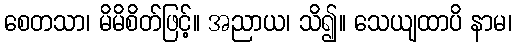
စေတသာ၊ မိမိစိတ်ဖြင့်။ အညာယ၊ သိ၍။ သေယျထာပိ နာမ၊